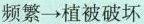
频繁→植被破坏